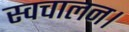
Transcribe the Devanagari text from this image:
स्वचालन।